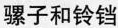
骡子和铃铛